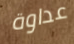
عداوة